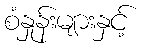
စံနှုန်းများနှင့်